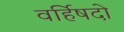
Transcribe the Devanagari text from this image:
वर्हिषदो